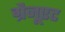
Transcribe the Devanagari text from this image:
ग्रैजूएट